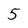
Character: 5